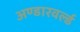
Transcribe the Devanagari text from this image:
अण्डारवर्ल्ड